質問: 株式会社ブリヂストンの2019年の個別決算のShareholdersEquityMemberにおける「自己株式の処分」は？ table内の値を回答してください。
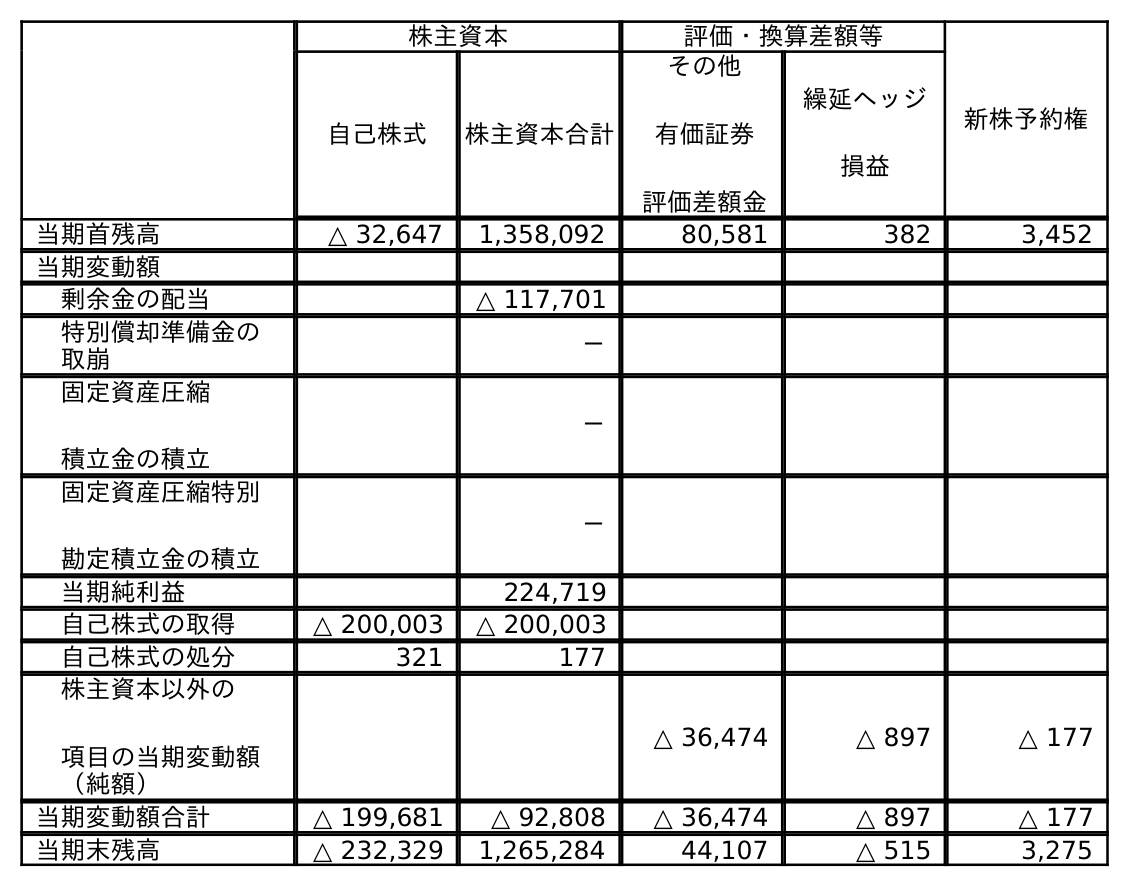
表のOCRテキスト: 株主資本 評価・換算差額等 新株予約権 自己株式 株主資本合計 その他 有価証券 評価差額金 繰延ヘッジ 損益 当期首残高 △ 32,647 1,358,092 80,581 382 3,452 当期変動額 剰余金の配当 △ 117,701 特別償却準備金の 取崩 － 固定資産圧縮 積立金の積立 － 固定資産圧縮特別 勘定積立金の積立 － 当期純利益 224,719 自己株式の取得 △ 200,003 △ 200,003 自己株式の処分 321 177 株主資本以外の 項目の当期変動額 （純額） △ 36,474 △ 897 △ 177 当期変動額合計 △ 199,681 △ 92,808 △ 36,474 △ 897 △ 177 当期末残高 △ 232,329 1,265,284 44,107 △ 515 3,275
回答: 177